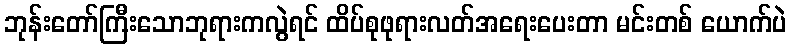
ဘုန်းတော်ကြီးသောဘုရားကလွဲရင် ထိပ်စုဖုရားလတ်အရေးပေးတာ မင်းတစ် ယောက်ပဲ